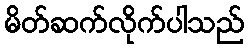
မိတ်ဆက်လိုက်ပါသည်